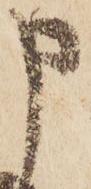
申